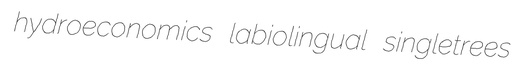
hydroeconomics labiolingual singletrees